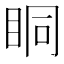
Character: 眮